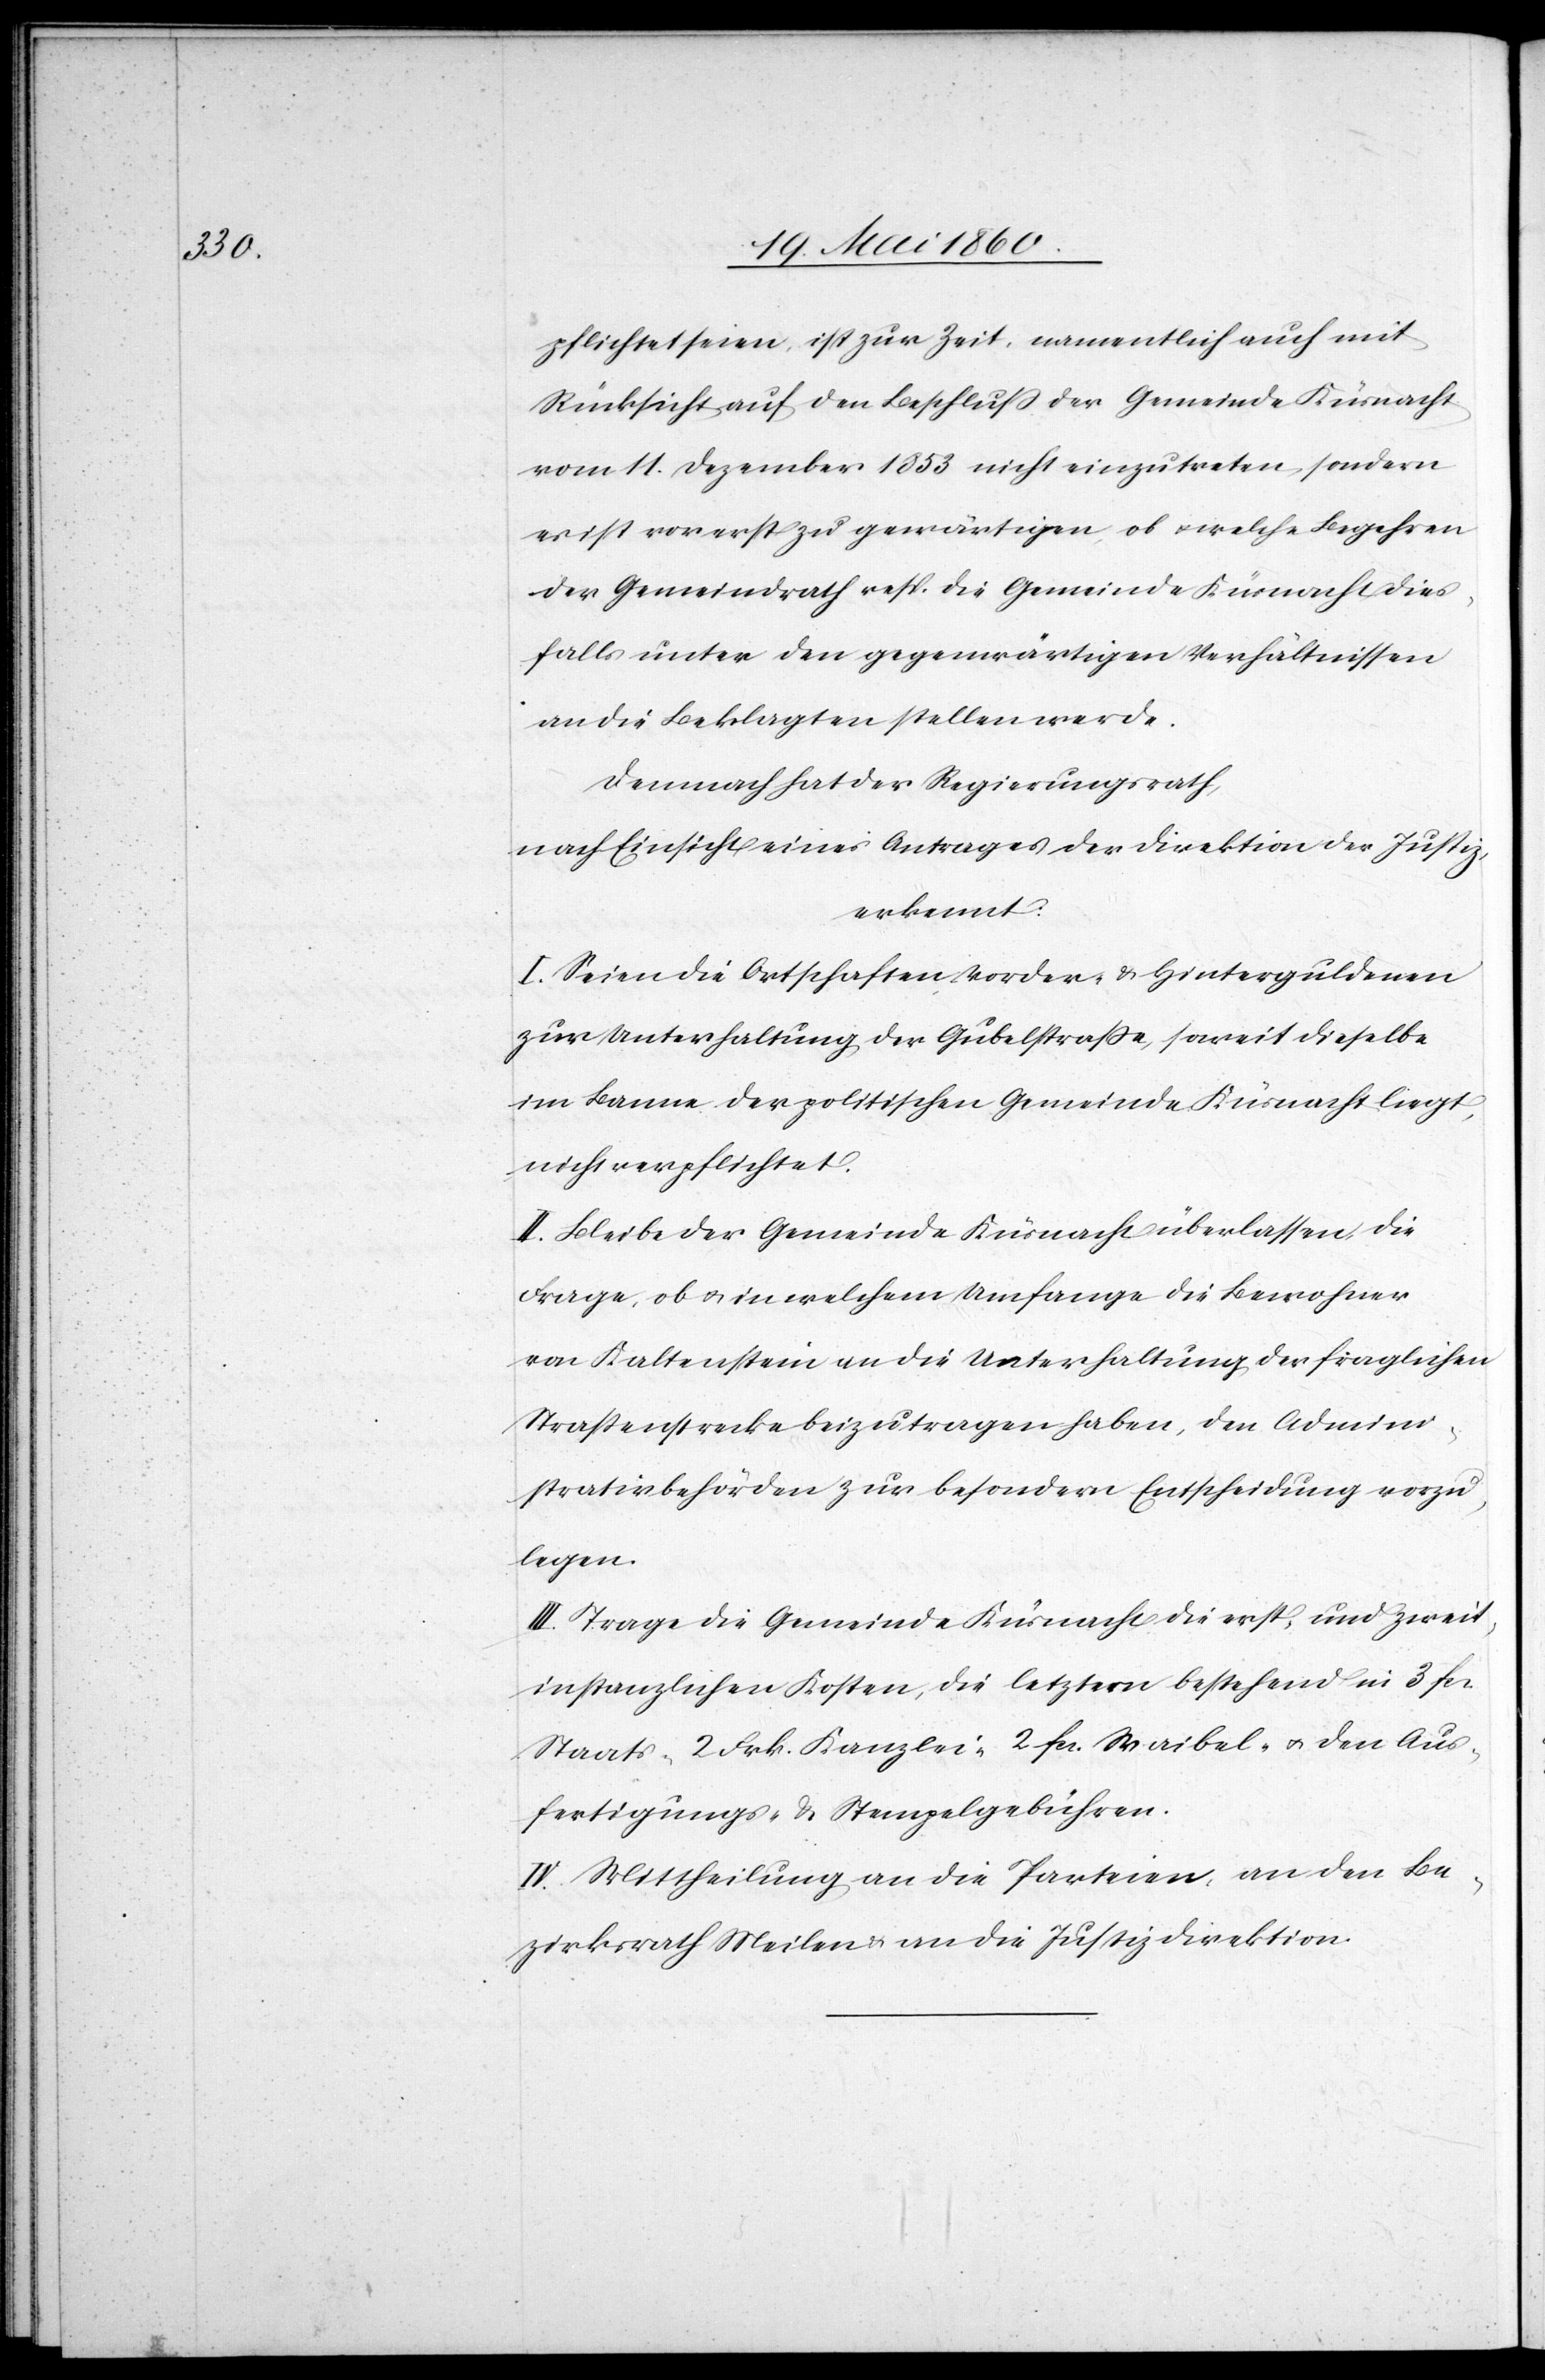
pflichtet seien, ist zur Zeit, namentlich auch mit
Rücksicht auf den Beschluss der Gemeinde Küsnacht
vom 11. Dezember 1853 nicht einzutreten, sondern
es ist vorerst zu gewärtigen, ob u. welche Begehren
der Gemeindrath resp. die Gemeinde Küsnacht dies¬
falls unter den gegenwärtigen Verhältnissen
an die Beklagten stellen werde.
Demnach hat der Regierungsrath,
nach Einsicht eines Antrages der Direktion der Justiz,
erkennt:
I. Seien die Ortschaften Vorder- u. Hinterguldenen
zur Unterhaltung der Gubelstrasse, soweit dieselbe
im Banne der politischen Gemeinde Küsnacht liegt,
nicht verpflichtet.
II. Bleibe der Gemeinde Küsnacht überlassen, die
Frage, ob u. in welchem Umfange die Bewohner
von Kaltenstein an die Unterhaltung der fraglichen
Strassenstrecke beizutragen haben, den Admini¬
strativbehörden zur besondern Entscheidung vorzu¬
legen.
III. Trage die Gemeinde Küsnacht die erst- und zweit¬
instanzlichen Kosten, die letztern bestehend in 3 fcs.
Staats- 2 Frk. Kanzlei- 2 fcs. Waibel- u. den Aus¬
fertigungs- u. Stempelgebühren.
IV. Mittheilung an die Parteien, an den Be¬
zirksrath Meilen u. an die Justizdirektion.